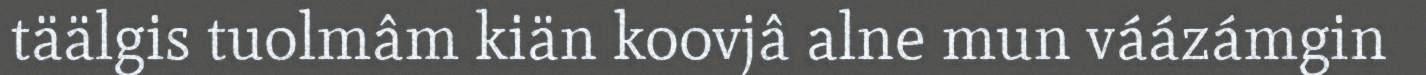
täälgis tuolmâm kiän koovjâ alne mun váázámgin